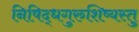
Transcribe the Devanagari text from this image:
निषिद्धगुरुशिष्यस्तु